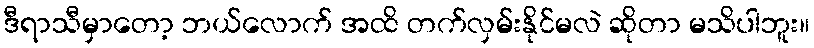
ဒီရာသီမှာတော့ ဘယ်လောက် အထိ တက်လှမ်းနိုင်မလဲ ဆိုတာ မသိပါဘူး။